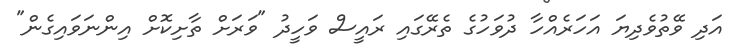
އަދި ވޭތުވެދިޔަ އަހަރެއްހާ ދުވަހުގެ ތެރޭގައި ރައީސް ވަހީދު "ވަރަށް ތާށިކޮށް އިންނަވައިގެން"